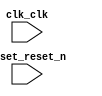

module dual_image_boot (
	clk_clk,
	reset_reset_n);	

	input		clk_clk;
	input		reset_reset_n;
endmodule